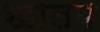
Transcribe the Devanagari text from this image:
खालय